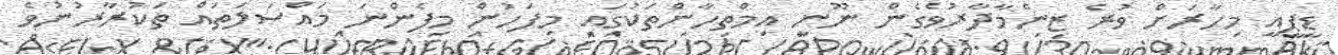
ޑީޕީއީ މިހާރަށް ވުރެ ޒިންމާދާރުވެގެން ނޫނީ އިމްތިހާންތަކުގައި މިފަހުން މިފެންނަ މައްސަލަތައް ތަކުރާރުނުވެ